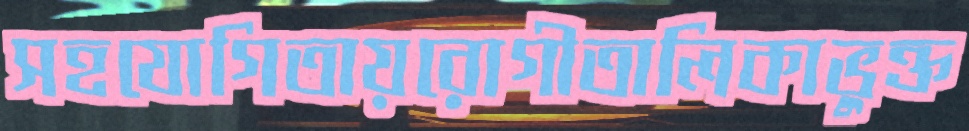
সহযোগিতায়রোগীতালিকাভুক্ত